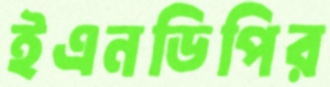
ইএনডিপির